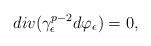
LaTeX: \begin{align*}div(\gamma_{\epsilon}^{p-2}d\varphi_{\epsilon})=0,\end{align*}